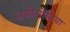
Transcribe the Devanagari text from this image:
अबीसीनिया